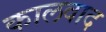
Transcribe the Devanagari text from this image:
कालवाद